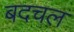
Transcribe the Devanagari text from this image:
बदचल